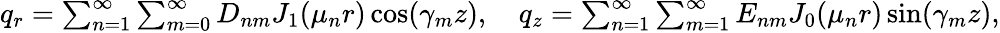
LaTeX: \begin{array}{r}{q_{r}=\sum_{n=1}^{\infty}\sum_{m=0}^{\infty}D_{nm}J_{1}(\mu_{n}r)\cos(\gamma_{m}z),\quad q_{z}=\sum_{n=1}^{\infty}\sum_{m=1}^{\infty}E_{nm}J_{0}(\mu_{n}r)\sin(\gamma_{m}z),}\end{array}